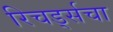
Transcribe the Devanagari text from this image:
रिचर्ड्सचा